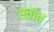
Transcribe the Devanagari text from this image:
सवांत